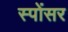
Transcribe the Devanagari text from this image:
स्पोंसर